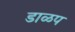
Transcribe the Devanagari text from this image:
डाळप